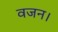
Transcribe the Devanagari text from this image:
वजन।